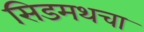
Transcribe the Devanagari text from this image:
सिडमथचा